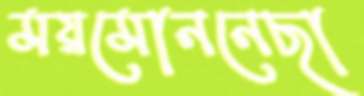
ময়মোননেছা